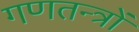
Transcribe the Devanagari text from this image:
गणतन्त्रों